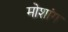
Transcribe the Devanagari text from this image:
मोशांग